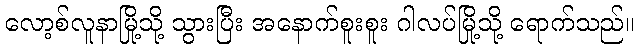
လော့စ်လူနာမြို့သို့ သွားပြီး အနောက်စူးစူး ဂါလပ်မြို့သို့ ရောက်သည်။